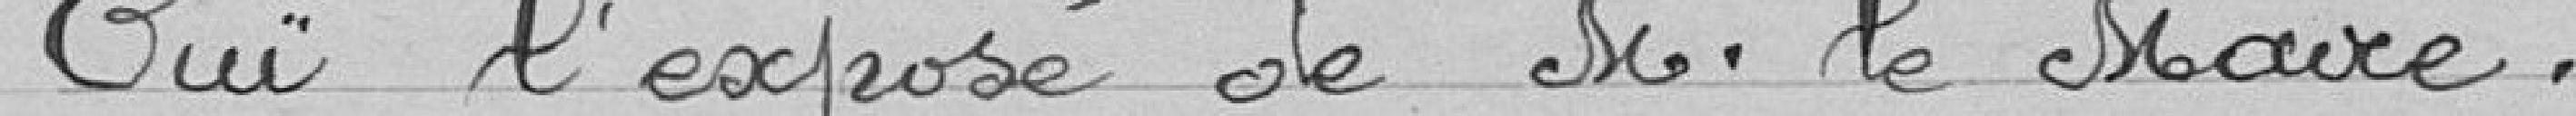
Ouï l'exposé de Monsieur le Maire,